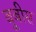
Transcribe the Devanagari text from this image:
बूबीस